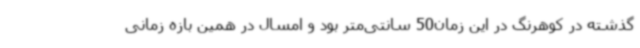
گذشته در کوهرنگ در این زمان50 سانتی‌متر بود و امسال در همین بازه زمانی